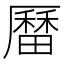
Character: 𪠚